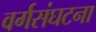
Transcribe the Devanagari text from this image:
वर्गसंघटना